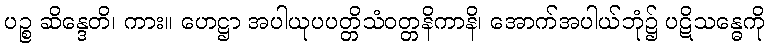
ပဉ္စ ဆိန္ဒေတိ၊ ကား။ ဟေဋ္ဌာ အပါယုပပတ္တိသံဝတ္တနိကာနိ၊ အောက်အပါယ်ဘုံ၌ ပဋိသန္ဓေကို